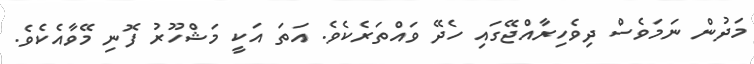
މަދުން ނަމަވެސް ދިވެހިރާއްޖޭގައި ހެދޭ ވައްތަރެކެވެ. އަތަ އަކީ މަޝްހޫރު ފޮނި މޭވާއެކެވެ.